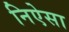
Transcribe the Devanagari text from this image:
निऐसा